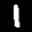
Label: 1